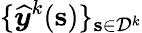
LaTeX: \{ \boldsymbol{{\widehat{y}}}^{k}(\mathbf{s})\} _{\mathbf{s}\in\mathcal{D}^{k}}